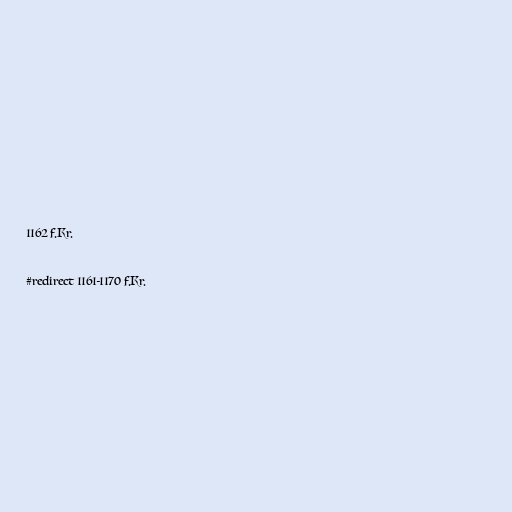
1162 f.Kr.

#redirect 1161-1170 f.Kr.